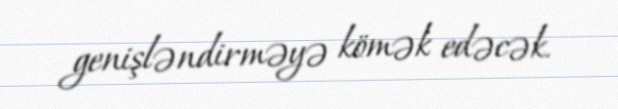
genişləndirməyə kömək edəcək.